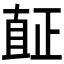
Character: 𱲿